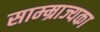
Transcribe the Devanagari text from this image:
साम्म्राज्यका